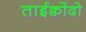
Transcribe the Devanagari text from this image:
ताईक्वोंदो